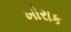
ખોરાક